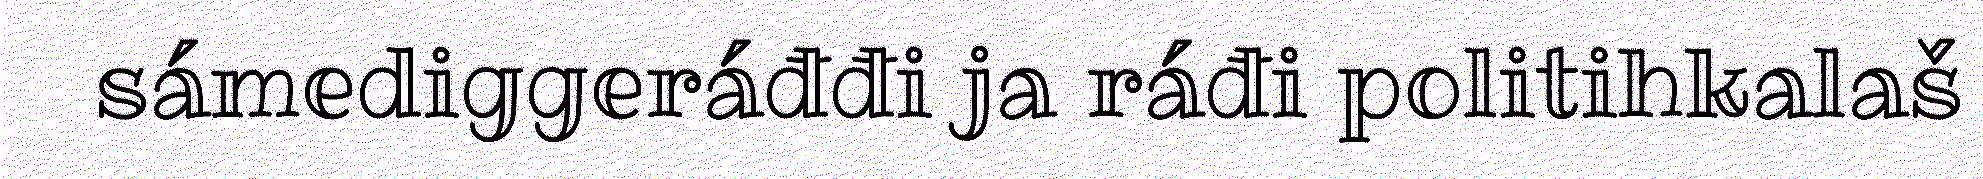
sámediggeráđđi ja ráđi politihkalaš